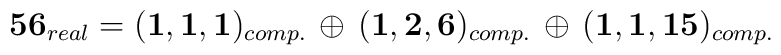
{\bf 56}_{real} = ({\bf  1,1,1})_{comp.}\,  \oplus \, ({\bf  1,2,6})_{comp.}  \, \oplus \, ({\bf  1,1,15})_{comp.}